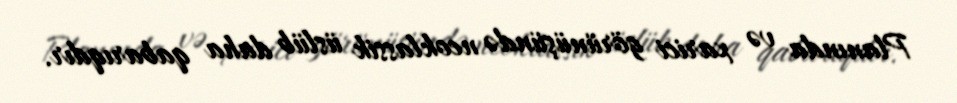
Planında və xarici görünüşündə neoklassik üslüb daha qabarıqdır.